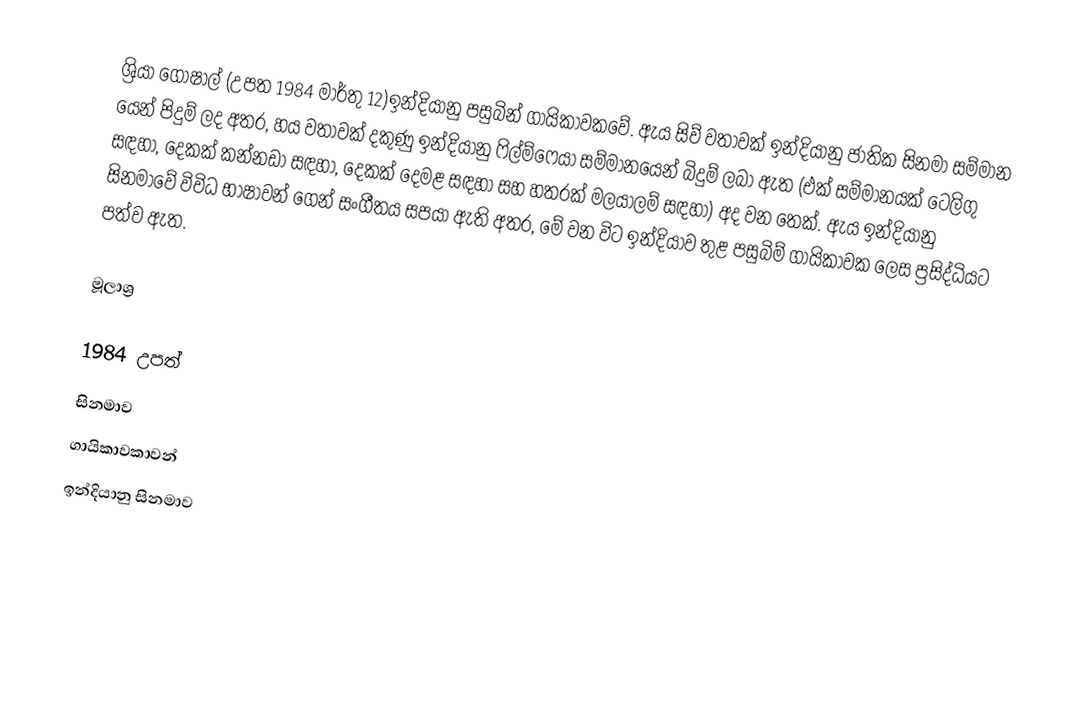
ශ්‍රියා ගෝෂාල් (උපත 1984 මාර්තු 12)ඉන්දියානු පසුබින් ගායිකාවකවේ. ඇය සිව් වතාවක් ඉන්දියානු ජාතික සිනමා සම්මාන යෙන් පිදුම් ලද අතර, හය වතාවක් දකුණු ඉන්දියානු ෆිල්ම්ෆෙයා සම්මානයෙන් බිදුම් ලබා ඇත (එක් සම්මානයක් ටෙලිගු සඳහා, දෙකක් කන්නඩා සඳහා, දෙකක් දෙමළ සඳහා සහ හතරක් මලයාලම් සඳහා) අද වන තෙක්. ඇය ඉන්දියානු සිනමාවේ විවිධ භාෂාවන් ගෙන් සංගීතය සපයා ඇති අතර, මේ වන විට ඉන්දියාව තුළ පසුබිම් ගායිකාවක ලෙස ප්‍රසිද්ධියට පත්ව ඇත.

මූලාශ්‍ර

1984 උපත්
සිනමාව
ගායිකාවකාවන්
ඉන්දියානු සිනමාව